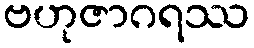
ဗဟုဇာဂရဿ